Report of the Indian Hemp Drugs Commission, 1894-1895 - Volume V
Year: 1894
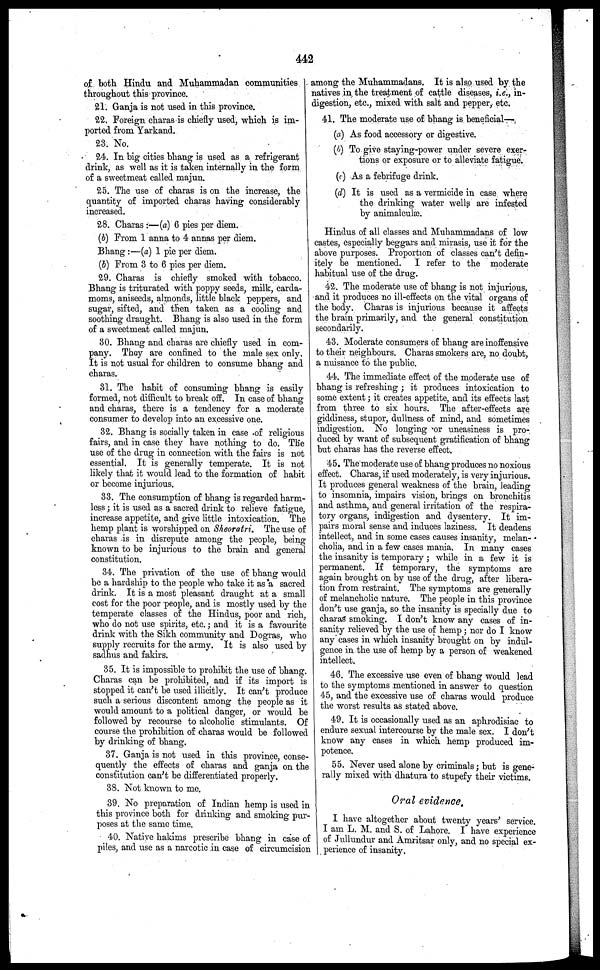
442
of both Hindu and Muhammadan communities
throughout this province.
21. Ganja is not used in this province.
22. Foreign charas is chiefly used, which is im-
ported from Yarkand.
23. No.
24. In big cities bhang is used as a refrigerant
drink, as well as it is taken internally in the form
of a sweetmeat called majun.
25. The use of charas is on the increase, the
quantity of imported charas having considerably
increased.
28. Charas :—(a) 6 pies per diem.
(b) From 1 anna to 4 annas per diem.
Bhang :—(a) 1 pie per diem.
(b) From 3 to 6 pies per diem.
29. Charas is chiefly smoked with tobacco.
Bhang is triturated with poppy seeds, milk, carda-
moms, aniseeds, almonds, little black peppers, and
sugar, sifted, and then taken as a cooling and
soothing draught. Bhang is also used in the form
of a sweetmeat called majun.
30. Bhang and charas are chiefly used in com-
pany. They are confined to the male sex only.
It is not usual for children to consume bhang and
charas.
31. The habit of consuming bhang is easily
formed, not difficult to break off. In case of bhang
and charas, there is a tendency for a moderate
consumer to develop into an excessive one.
32. Bhang is socially taken in case of religious
fairs, and in case they have nothing to do. The
use of the drug in connection with the fairs is not
essential. It is generally temperate. It is not
likely that it would lead to the formation of habit
or become injurious.
33. The consumption of bhang is regarded harm-
less ; it is used as a sacred drink to relieve fatigue,
increase appetite, and give little intoxication. The
hemp plant is worshipped on Sheoratri. The use of
charas is in disrepute among the people, being
known to be injurious to the brain and general
constitution.
34. The privation of the use of bhang would
be a hardship to the people who take it as a sacred
drink. It is a most pleasant draught at a small
cost for the poor people, and is mostly used by the
temperate classes of the Hindus, poor and rich,
who do not use spirits, etc.; and it is a favourite
drink with the Sikh community and Dogras, who
supply recruits for the army. It is also used by
sadhus and fakirs.
35. It is impossible to prohibit the use of bhang.
Charas can be prohibited, and if its import is
stopped it can't be used illicitly. It can't produce
such a serious discontent among the people as it
would amount to a political danger, or would be
followed by recourse to alcoholic stimulants. Of
course the prohibition of charas would be followed
by drinking of bhang.
37. Ganja is not used in this province, conse-
quently the effects of charas and ganja on the
constitution can't be differentiated properly.
38. Not known to me.
39. No preparation of Indian hemp is used in
this province both for drinking and smoking pur-
poses at the same time.
40. Native hakims prescribe bhang in case of
piles, and use as a narcotic in case of circumcision
among the Muhammadans. It is also used by the
natives in the treatment of cattle diseases, i.e., in-
digestion, etc., mixed with salt and pepper, etc.
41. The moderate use of bhang is beneficial—
(a) As food accessory or digestive.
(b) To give staying-power under severe exer-
tions or exposure or to alleviate fatigue.
(c) As a febrifuge drink.
(d) It is used as a vermicide in case where
the drinking water wells are infested
by animalculæ.
Hindus of all classes and Muhammadans of low
castes, especially beggars and mirasis, use it for the
above purposes. Proportion of classes can't defin-
itely be mentioned. I refer to the moderate
habitual use of the drug.
42. The moderate use of bhang is not injurious,
and it produces no ill-effects on the vital organs of
the body. Charas is injurious because it affects
the brain primarily, and the general constitution
secondarily.
43. Moderate consumers of bhang are inoffensive
to their neighbours. Charas smokers are, no doubt,
a nuisance to the public.
44. The immediate effect of the moderate use of
bhang is refreshing ; it produces intoxication to
some extent; it creates appetite, and its effects last
from three to six hours. The after-effects are
giddiness, stupor, dullness of mind, and sometimes
indigestion. No longing or uneasiness is pro-
duced by want of subsequent gratification of bhang
but charas has the reverse effect.
45. The moderate use of bhang produces no noxious
effect. Charas, if used moderately, is very injurious.
It produces general weakness of the brain, leading
to insomnia, impairs vision, brings on bronchitis
and asthma, and general irritation of the respira-
tory organs, indigestion and dysentery. It im-
pairs moral sense and induces laziness. It deadens
intellect, and in some cases causes insanity, melan-
cholia, and in a few cases mania. In many cases
the insanity is temporary ; while in a few it is
permanent. If temporary, the symptoms are
again brought on by use of the drug, after libera-
tion from restraint. The symptoms are generally
of melancholic nature. The people in this province
don't use ganja, so the insanity is specially due to
charas smoking. I don't know any cases of in-
sanity relieved by the use of hemp; nor do I know
any cases in which insanity brought on by indul-
gence in the use of hemp by a person of weakened
intellect.
46. The excessive use even of bhang would lead
to the symptoms mentioned in answer to question
45, and the excessive use of charas would produce
the worst results as stated above.
49. It is occasionally used as an aphrodisiac to
endure sexual intercourse by the male sex. I don't
know any cases in which hemp produced im-
potence.
55. Never used alone by criminals; but is gene-
rally mixed with dhatura to stupefy their victims.
Oral evidence.
I have altogether about twenty years' service.
I am L. M. and S. of Lahore. I have experience
of Jullundux and Amritsar only, and no special ex-
perience of insanity.